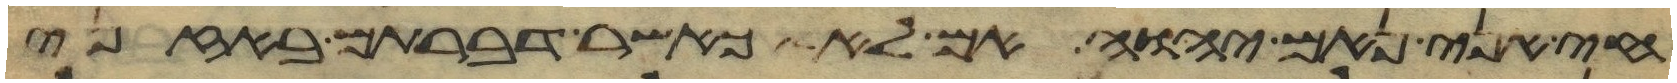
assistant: חי אני נאם יהוה אם לא כאשר דברתם באזני